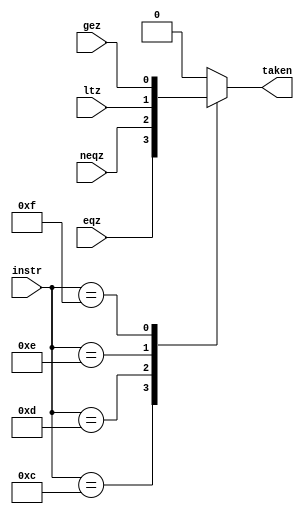
module branch_control(eqz, neqz, ltz, gez, taken, instr);

	input [4:0] instr;
	input eqz, neqz, ltz, gez;
	output reg taken;

	always @ (*) begin
		taken = 0;
		casex(instr)
			//BEQZ
			5'b01100: begin
				taken = eqz;
			end

			//BNEZ
			5'b01101: begin
				taken = neqz;
			end
			
			//BLTZ
			5'b01110: begin
				taken = ltz;
			end

			//BGEZ
			5'b01111: begin
				taken = gez;
			end
			
			default: begin
				taken = 0;
			end
			
		endcase
	end

endmodule